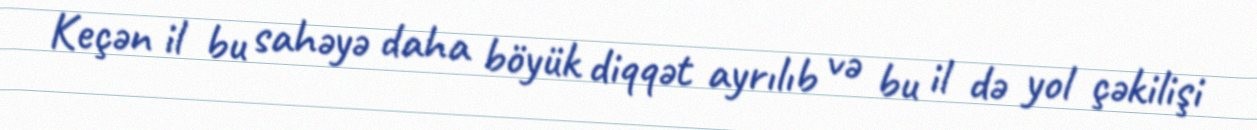
Keçən il bu sahəyə daha böyük diqqət ayrılıb və bu il də yol çəkilişi